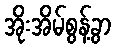
အိုးအိမ်စွန့်ခွာ